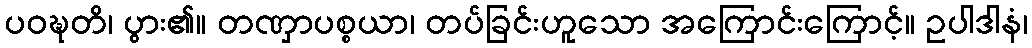
ပဝဍ္ဎတိ၊ ပွား၏။ တဏှာပစ္စယာ၊ တပ်ခြင်းဟူသော အကြောင်းကြောင့်။ ဥပါဒါနံ၊